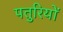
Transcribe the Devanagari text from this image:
पतुरियों